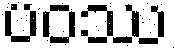
ပဝဿ